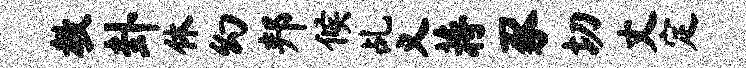
教卦休幻邦候乩义蒋豕切丈定